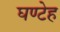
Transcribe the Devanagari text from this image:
घण्टेह